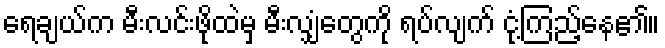
ရေချယ်က မီးလင်းဖိုထဲမှ မီးလျှံတွေကို ရပ်လျက် ငုံ့ကြည့်နေ၏။